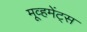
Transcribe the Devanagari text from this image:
मूव्हमेंट्स